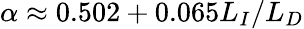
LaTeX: \alpha\approx 0.502+0.065L_{I}/L_{D}